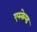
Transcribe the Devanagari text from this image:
एस्केप्ड